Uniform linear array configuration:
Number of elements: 24
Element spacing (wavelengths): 1
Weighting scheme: uniform
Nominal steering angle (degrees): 60
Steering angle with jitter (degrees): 58.366
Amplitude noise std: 0.05
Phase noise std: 0.05

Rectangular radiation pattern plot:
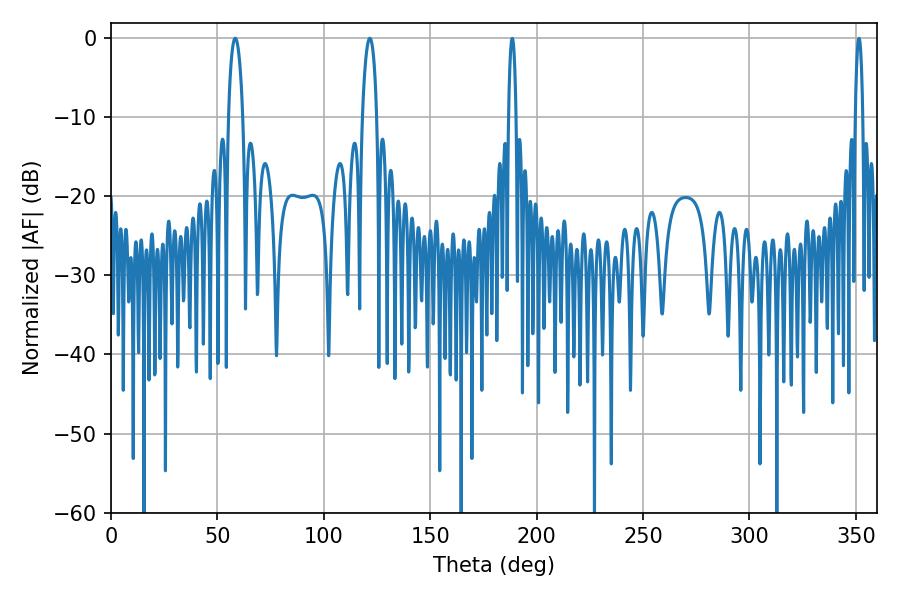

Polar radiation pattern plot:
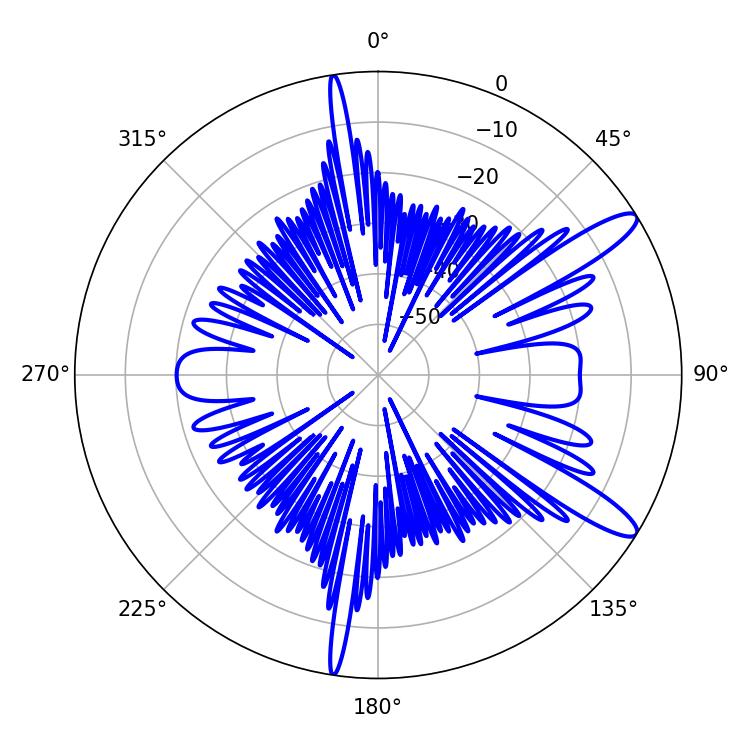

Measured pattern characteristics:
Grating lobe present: TRUE
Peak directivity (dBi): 12.21
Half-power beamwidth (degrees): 3.78
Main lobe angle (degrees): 58.32